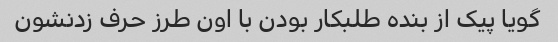
گویا پیک از بنده طلبکار بودن با اون طرز حرف زدنشون